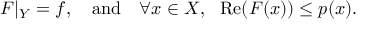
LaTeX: F | _ { Y } = f , \quad { \mathrm { a n d } } \quad \forall x \in X , \ \ \operatorname { R e } ( F ( x ) ) \leq p ( x ) .